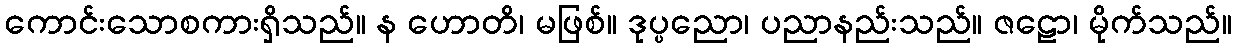
ကောင်းသောစကားရှိသည်။ န ဟောတိ၊ မဖြစ်။ ဒုပ္ပညော၊ ပညာနည်းသည်။ ဇဠော၊ မိုက်သည်။